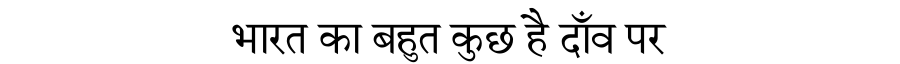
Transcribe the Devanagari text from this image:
भारत का बहुत कुछ है दाँव पर